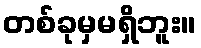
တစ်ခုမှမရှိဘူး။